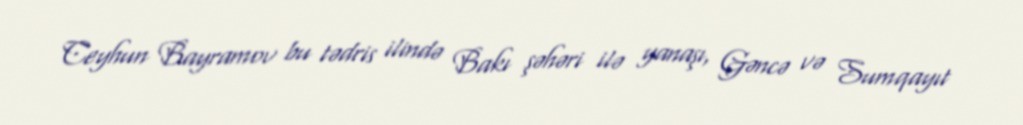
Ceyhun Bayramov bu tədris ilində Bakı şəhəri ilə yanaşı, Gəncə və Sumqayıt